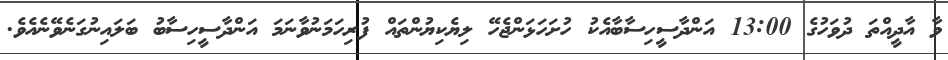
ވާ އާދީއްތަ ދުވަހުގެ 13:00 އަންދާސީހިސާބާއެކު ހުށަހަޅަންޖެހޭ ލިޔެކިޔުންތައް ފުރިހަމަނުވާނަމަ އަންދާސީހިސާބު ބަލައިނުގަނެވޭނެއެވެ.